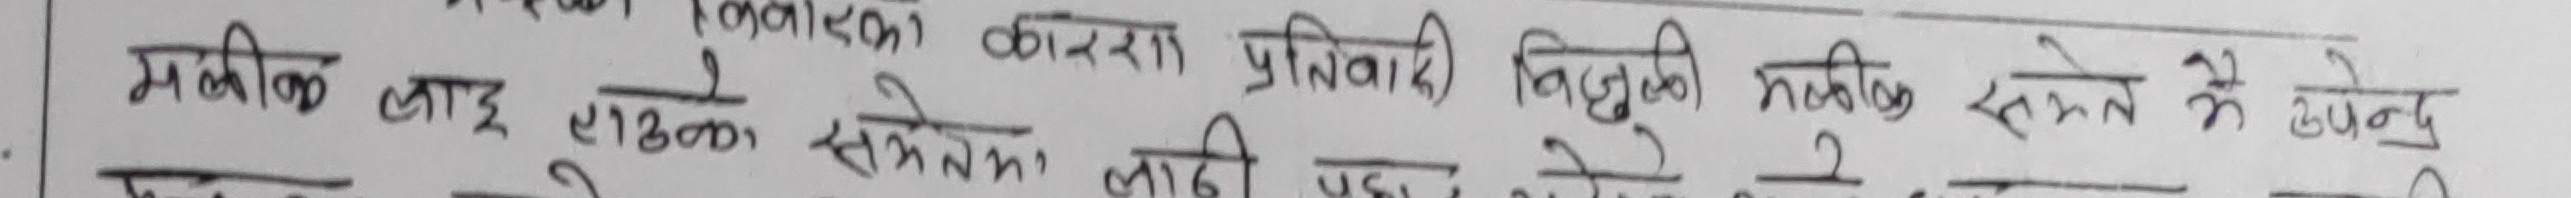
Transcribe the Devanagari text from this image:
मकील लाइ १/८००० सेमेका को कास प्रतिकारि बिजुली मकील सभेन मे केन्दु